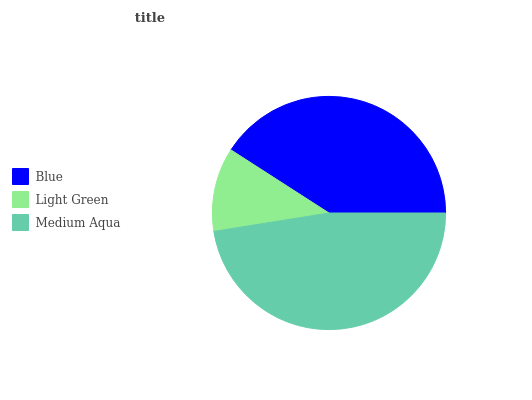
| Blue | Light Green | Medium Aqua |
 | --- | --- | --- |
 | 40.9% | 11.6% | 47.5% |